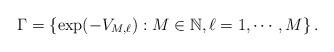
LaTeX: \begin{align*}\Gamma=\left\{ \exp(-V_{M,\ell}):M\in\mathbb{N},\ell=1,\cdots,M\right\} .\end{align*}